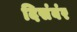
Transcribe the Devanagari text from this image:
दिसंबंर